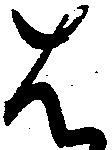
は